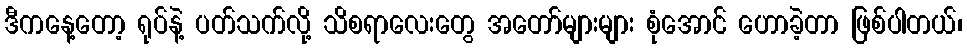
ဒီကနေ့တော့ ရုပ်နဲ့ ပတ်သက်လို့ သိစရာလေးတွေ အတော်များများ စုံအောင် ဟောခဲ့တာ ဖြစ်ပါတယ်၊